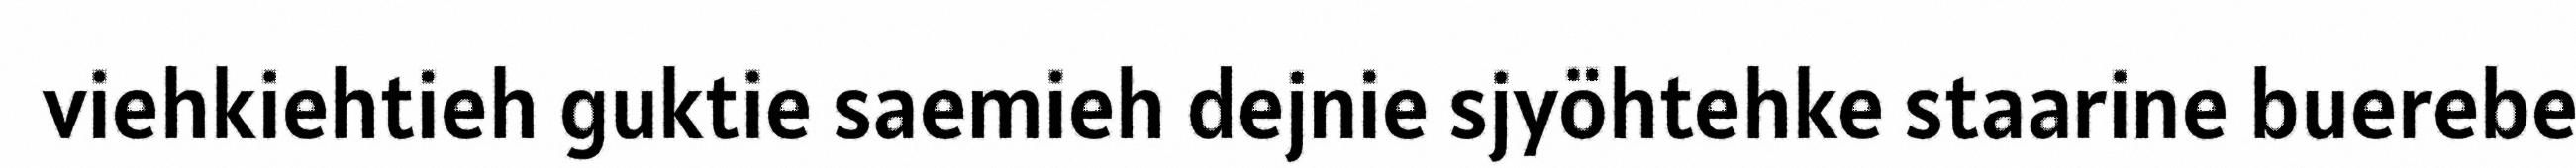
viehkiehtieh guktie saemieh dejnie sjyöhtehke staarine buerebe